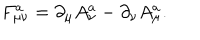
LaTeX: F _ { \mu \nu } ^ { a } = \partial _ { \mu } A _ { \nu } ^ { a } - \partial _ { \nu } A _ { \mu } ^ { a } .